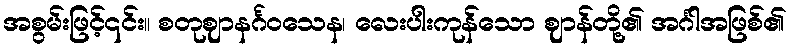
အစွမ်းဖြင့်၎င်း။ စတုဈာနင်္ဂဝသေန၊ လေးပါးကုန်သော ဈာန်တို့၏ အင်္ဂါအဖြစ်၏